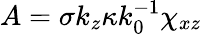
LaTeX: A=\sigma k_{z}\kappa k_{0}^{-1}\chi_{xz}